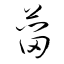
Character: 菑